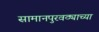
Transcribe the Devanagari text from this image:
सामानपुरवठ्याच्या